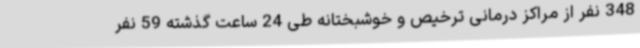
348 نفر از مراکز درمانی ترخیص و خوشبختانه طی 24 ساعت گذشته 59 نفر